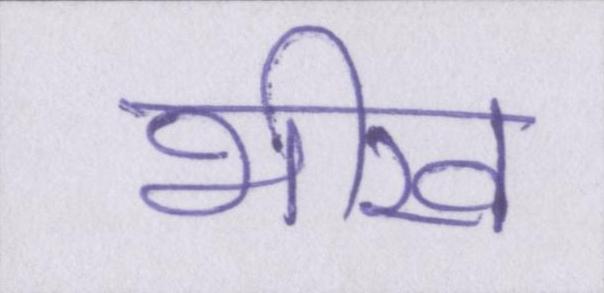
भीख